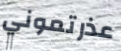
عذرتموني